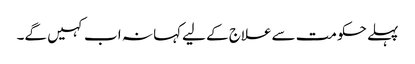
پہلے حکومت سےعلاج کے لیےکہا نہ اب کہیں گے۔